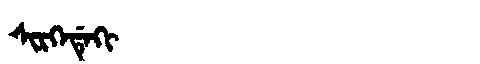
Manchu: ᠰᡳᡵᡴᡝᡩᡝᡴᡳ
Romanization: SIRKEDEKI